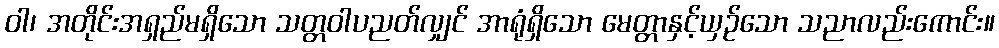
ဝါ၊ အတိုင်းအရှည်မရှိသော သတ္တဝါပညတ်လျှင် အာရုံရှိသော မေတ္တာနှင့်ယှဉ်သော သညာလည်းကောင်း။